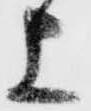
上